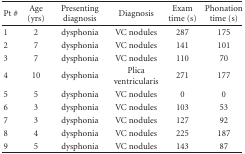
<table><thead><tr><td><b>Pt #</b></td><td><b>Age (yrs)</b></td><td><b>Presenting diagnosis</b></td><td><b>Diagnosis</b></td><td><b>Exam time (s)</b></td><td><b>Phonation time (s)</b></td></tr></thead><tbody><tr><td>1</td><td>2</td><td>dysphonia</td><td>VC nodules</td><td>287</td><td>175</td></tr><tr><td>2</td><td>7</td><td>dysphonia</td><td>VC nodules</td><td>141</td><td>101</td></tr><tr><td>3</td><td>7</td><td>dysphonia</td><td>VC nodules</td><td>110</td><td>70</td></tr><tr><td>4</td><td>10</td><td>dysphonia</td><td>Plica ventricularis</td><td>271</td><td>177</td></tr><tr><td>5</td><td>5</td><td>dysphonia</td><td>VC nodules</td><td>0</td><td>0</td></tr><tr><td>6</td><td>3</td><td>dysphonia</td><td>VC nodules</td><td>103</td><td>53</td></tr><tr><td>7</td><td>3</td><td>dysphonia</td><td>VC nodules</td><td>127</td><td>92</td></tr><tr><td>8</td><td>4</td><td>dysphonia</td><td>VC nodules</td><td>225</td><td>187</td></tr><tr><td>9</td><td>5</td><td>dysphonia</td><td>VC nodules</td><td>143</td><td>87</td></tr></tbody></table>